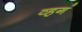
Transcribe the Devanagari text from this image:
व्हगं